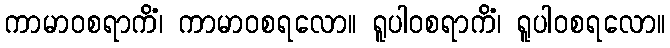
ကာမာဝစရာကိံ၊ ကာမာဝစရလော။ ရူပါဝစရာကိံ၊ ရူပါဝစရလော။